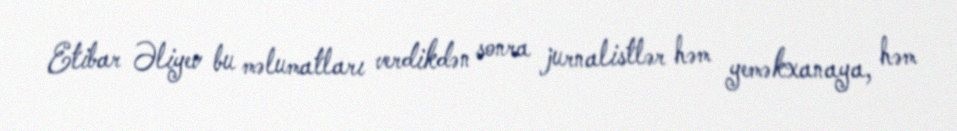
Etibar Əliyev bu məlumatları verdikdən sonra jurnalistlər həm yeməkxanaya, həm